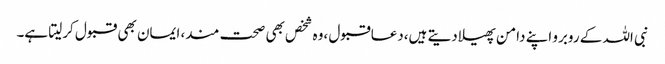
نبی اللہ کے روبرو اپنے دامن پھیلادیتے ہیں،دعاقبول ،وہ شخص بھی صحت مند، ایمان بھی قبول کرلیتا ہے۔